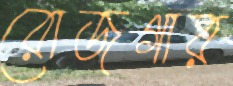
রোজগার